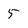
Character: 5